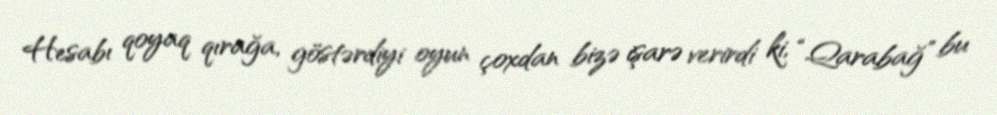
Hesabı qoyaq qırağa, göstərdiyi oyun çoxdan bizə işarə verirdi ki, “Qarabağ” bu